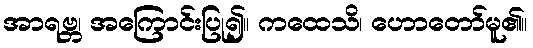
အာရဗ္ဘ၊ အကြောင်းပြု၍။ ကထေသိ၊ ဟောတော်မူ၏။